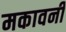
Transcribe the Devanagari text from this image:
मकावनी